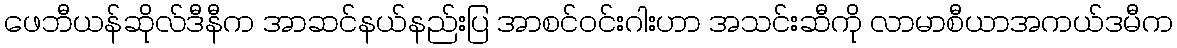
ဖေဘီယန်ဆိုလ်ဒီနီက အာဆင်နယ်နည်းပြ အာစင်ဝင်းဂါးဟာ အသင်းဆီကို လာမာစီယာအကယ်ဒမီက